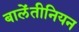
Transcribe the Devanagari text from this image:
बालेंतीनियन